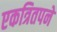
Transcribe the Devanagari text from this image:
एकत्रितपने